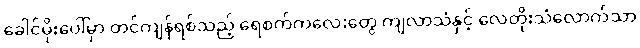
ခေါင်မိုးပေါ်မှာ တင်ကျန်ရစ်သည့် ရေစက်ကလေးတွေ ကျလာသံနှင့် လေတိုးသံလောက်သာ